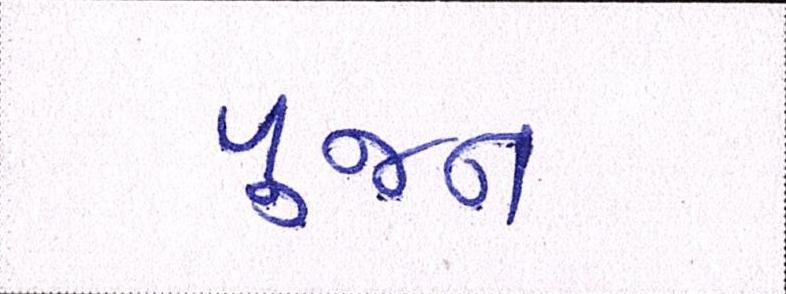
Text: પુજન